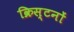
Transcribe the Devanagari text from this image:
क्रिस्टनों